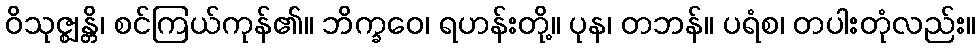
ဝိသုဇ္ဈန္တိ၊ စင်ကြယ်ကုန်၏။ ဘိက္ခဝေ၊ ရဟန်းတို့။ ပုန၊ တဘန်။ ပရံစ၊ တပါးတုံလည်း။